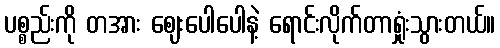
ပစ္စည်းကို တအား ဈေးပေါပေါနဲ့ ရောင်းလိုက်တာရှုံးသွားတယ်။